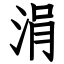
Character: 涓